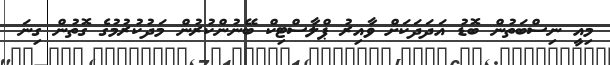
މިއީ ނިސްބަތުން ބޮޑު އަދަދަކަށް ވާއިރު ޕްލާސްޓިކް ބޭނުންކުރުން މަދުކުރުމުގެ ގޮތުން ގިނަ